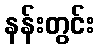
နန်းတွင်း